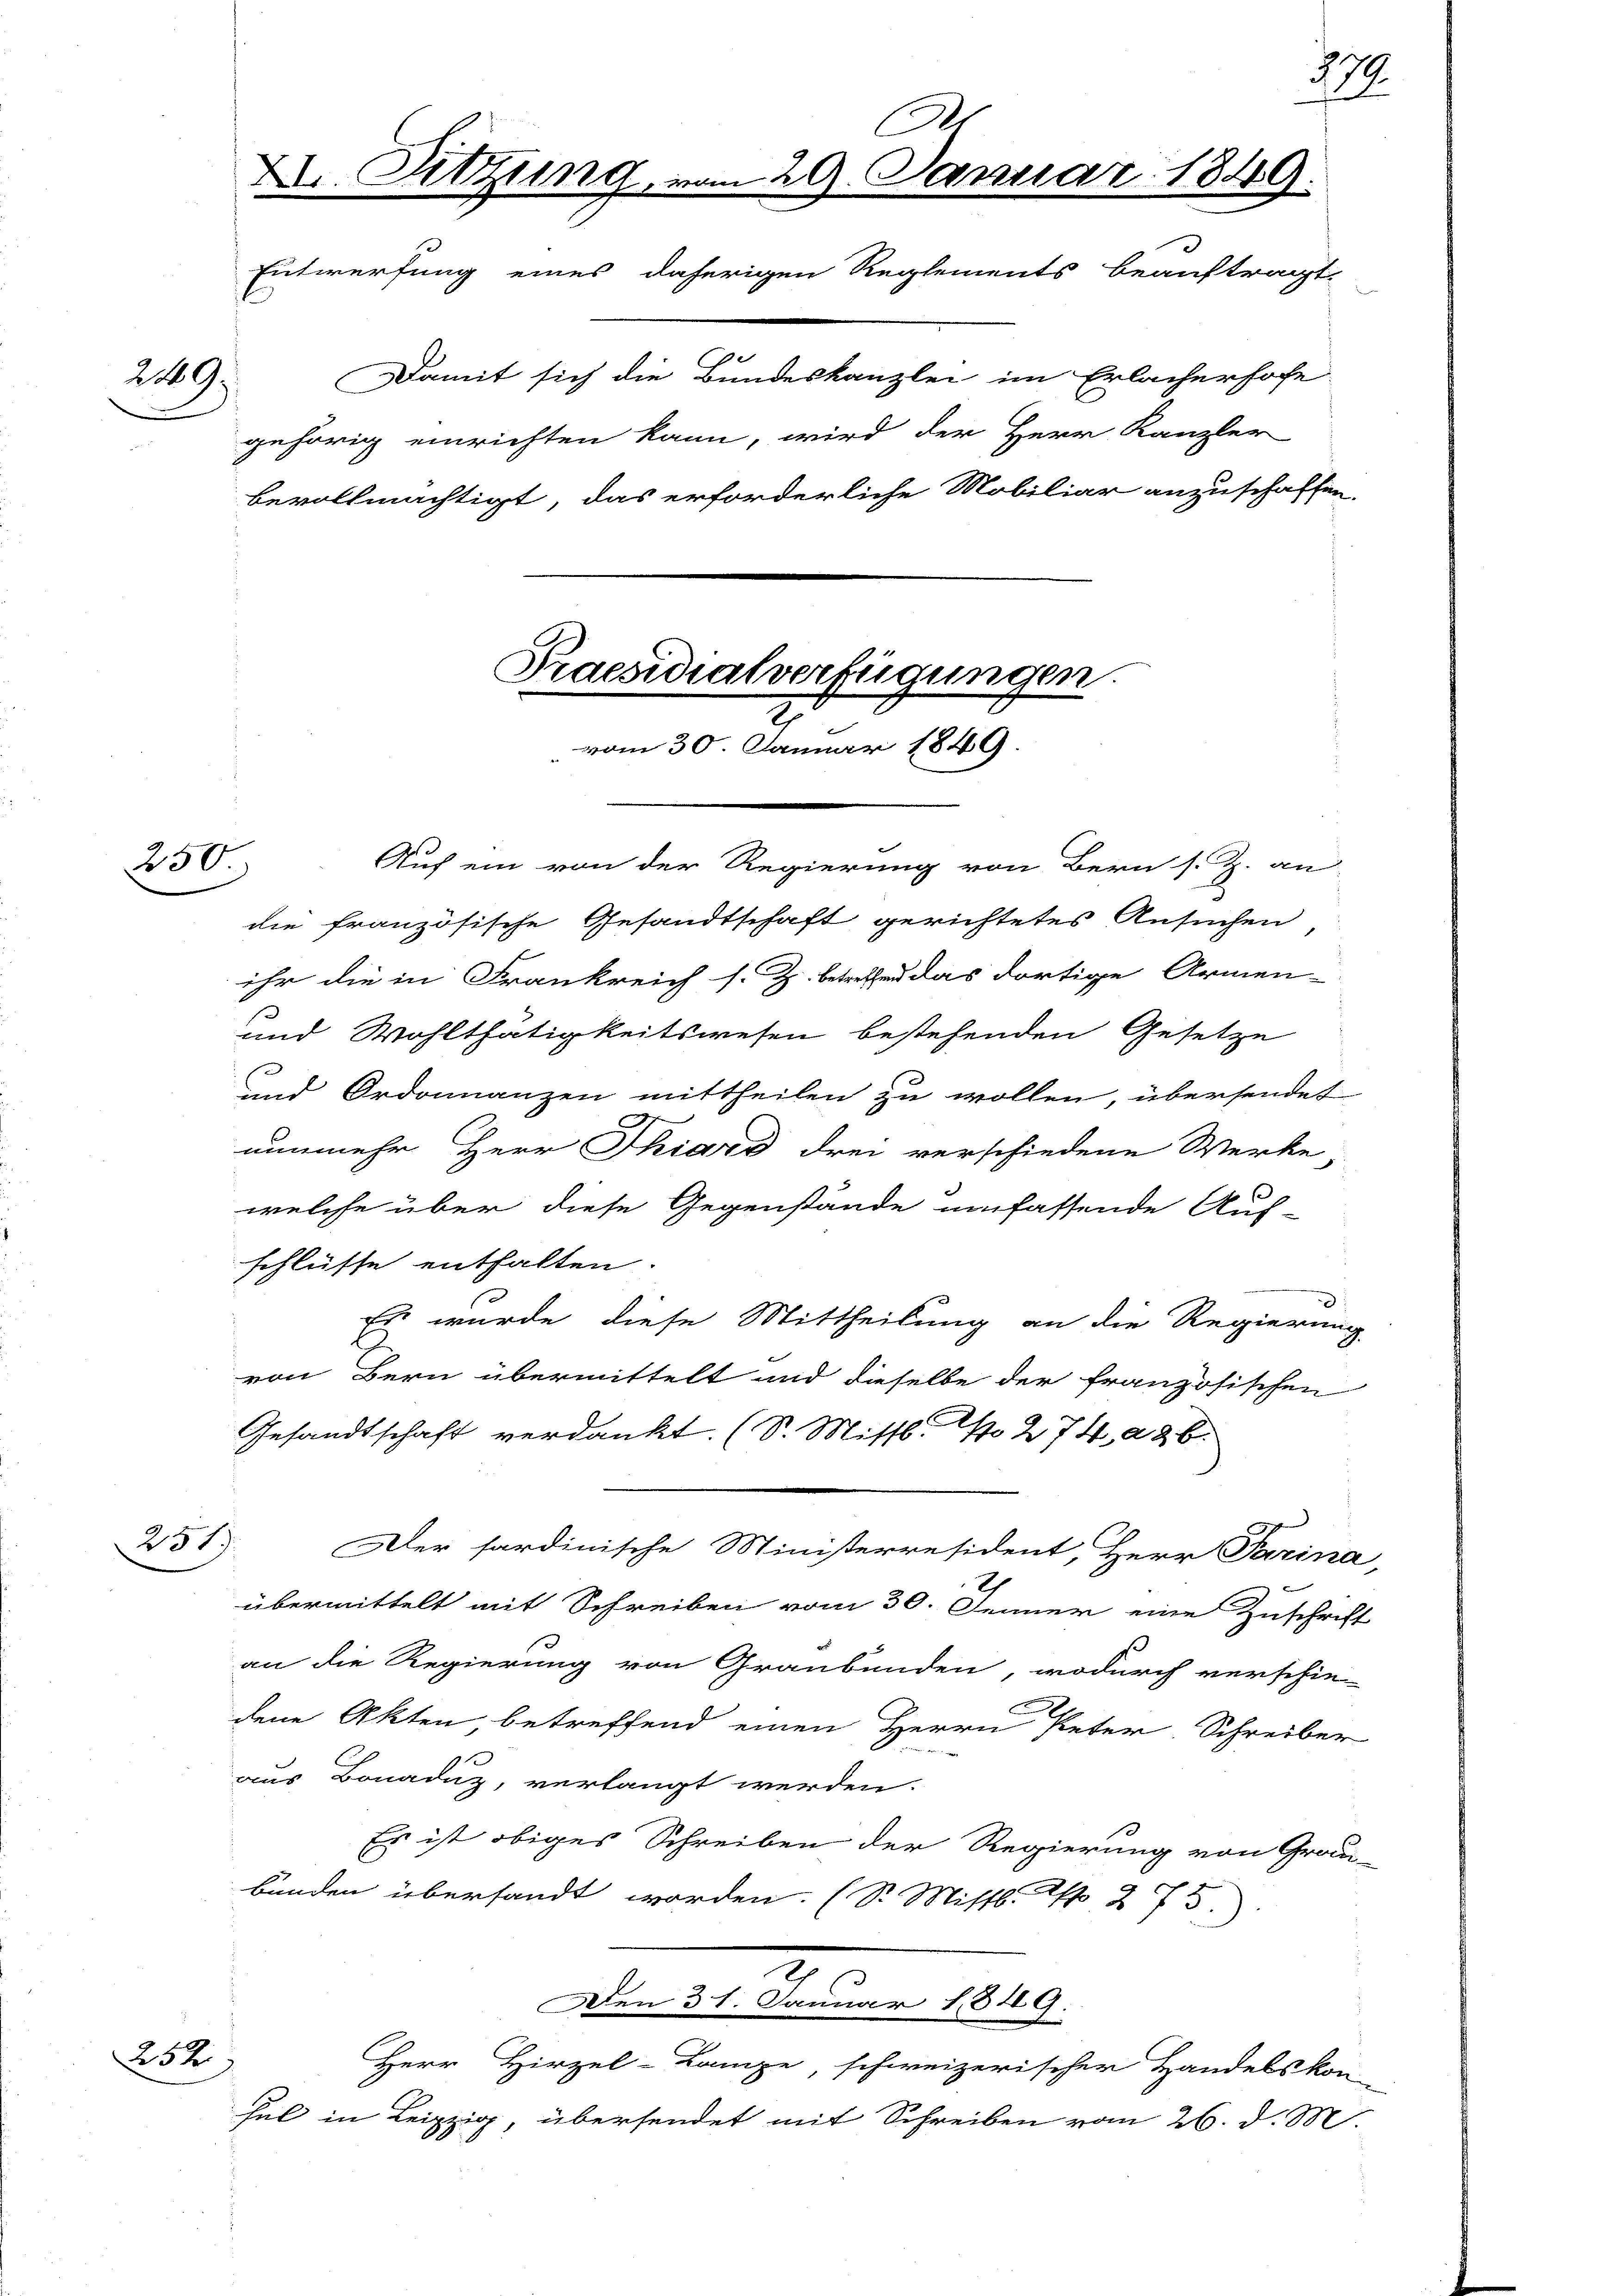
249.

251)

252

bevollmächtigt, das erforderliche Mobiliar anzuschaffen.

250. Auf ein von der Regierung von Bern s. Z. an
die französische Gesandtschaft gerichtetes Ansuchen
ihr die in Frankreich s. Z. betreten das dortige Armen-
und Wohlthätigkeitswesen bestehenden Gesetze
und Ordonanzen mittheilen zu wollen, übersendet
nunmehr Herr Thiard drei verschiedene Werke
welche über diese Gegenstände umfassende Auf-
schlüsse enthalten.
Es wurde diese Mittheilung an die Regierun
von Bern übermittelt und dieselbe der französischen
Gesandtschaft verdankt. (S. Missl. No 274, 26.
Der sardinische Ministerresident, Herr Parina,
übermittelt mit Schreiben vom 30. Jenner eine Zuschrift
an die Regierung von Graubünden, wodurch verschie-
dene Akten, betreffend einen Herrn Peter Schreiber
aus Bonaduz, verlangt werden.
Es ist obiges Schreiben der Regierung von Grau-
bunden übersandt worden. (S. Mistl. Art. 273.)
Den 31. Januar 1849.
Herr Hirzel-Lampe, schweizerischer Handelskon-
hel in Leipzig, übersendet mit Schreiben vom 26. d. M.

A
X. Sitzung, vom 29. Januar 1849.
Entwerfung eines daherigen Reglements beauftragt,

Praesidialverfügungen.
vom 30. Januar 1849.

Damit sich die Bundeskanzlei im Erlacherhofe
gehörig einrichten kann, wird der Herr Kanzler

ch

777.

i